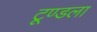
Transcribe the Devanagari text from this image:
टूण्‍डला